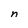
Character: n